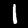
Digit: 1